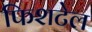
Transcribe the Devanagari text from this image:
फिशटेल